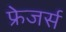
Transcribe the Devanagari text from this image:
फ्रेजर्स